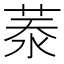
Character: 𦲑